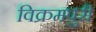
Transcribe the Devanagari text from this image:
विक्रमपुरी